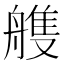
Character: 䑾